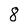
Character: 8